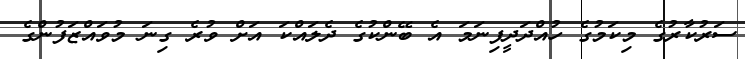
ސަރުކާރުގެ މިކަމުގެ ހުއްދަދީފިނަމަ އެ ބޭންކުގެ ދެލައްކަ އަށް ވުރެ ގިނަ މުވައްޒަފުންގެ